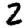
Digit: 2